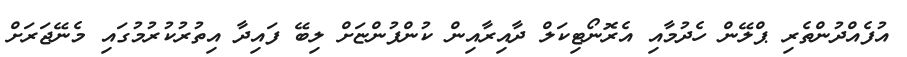
އުފެއްދުންތެރި ޕްލޭން ހެދުމާއި އެރޮނޯޓިކަލް ދާއިރާއިން ކުންފުންޏަށް ލިބޭ ފައިދާ އިތުރުކުރުމުގައި މެނޭޖަރަށް